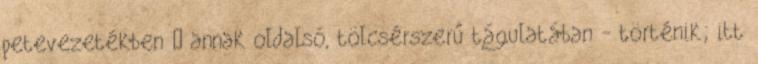
petevezetékben – annak oldalsó, tölcsérszerű tágulatában - történik; itt